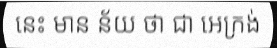
នេះ មាន ន័យ ថា ជា អេក្រង់